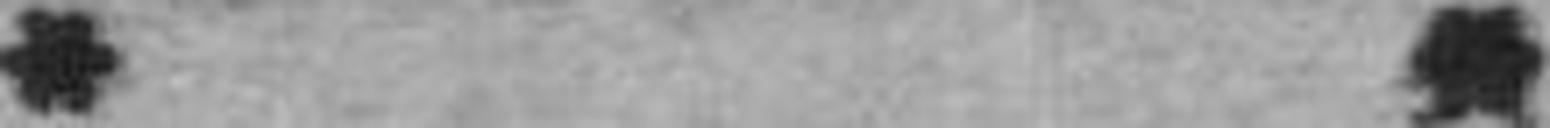
* *